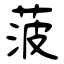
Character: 菠